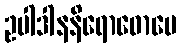
ဥပါဒါနနိရောဓောပေ